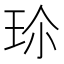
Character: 𭹀